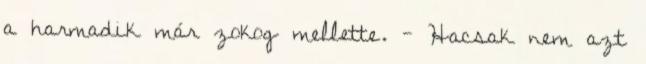
a harmadik már zokog mellette. - Hacsak nem azt